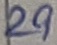
Text: 29